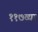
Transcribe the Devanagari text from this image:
११७व्या